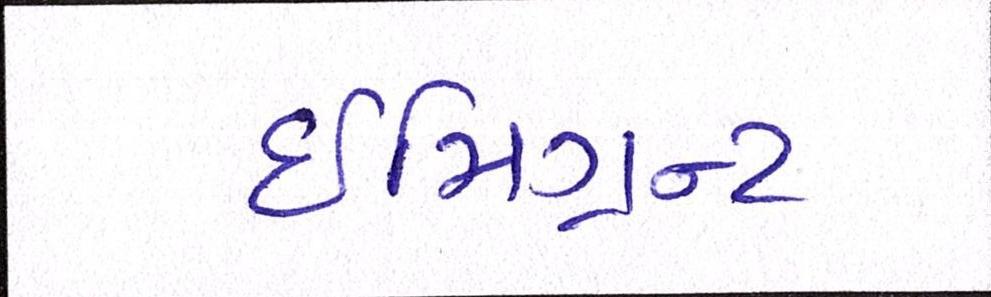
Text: ઈમિગ્રન્ટ